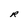
Character: R